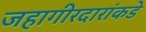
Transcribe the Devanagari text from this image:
जहागीरदारांकडे